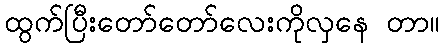
ထွက်ပြီးတော်တော်လေးကိုလှနေ တာ။